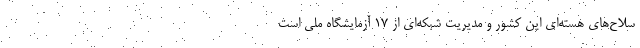
سلاح‌های هسته‌ای این کشور و مدیریت شبکه‌ای از ۱۷ آزمایشگاه ملی است